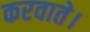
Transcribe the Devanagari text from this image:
करवाते।